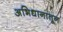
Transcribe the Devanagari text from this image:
अभिधानातून